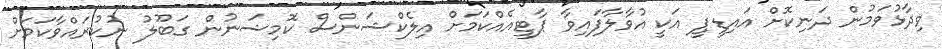
ވިދާޅުވަމުން ދަނިކޮށް އައިޑީޕީ އަކީ އުވާލާފައިވާ ޕާޓީއެއްކަމަށް އިލެކްޝަންސް ކޮމިޝަނުން ގަބޫލު ނުކުރައްވާކަމަށް